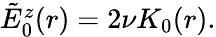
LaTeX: \begin{array}{r}{\tilde{E}_{0}^{z}(r)=2\nu K_{0}(r).}\end{array}